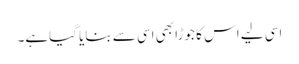
اسی لیے اس کا جوڑا بھی اسی سے بنایا گیاہے۔